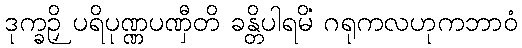
ဒုက္ခဉှိ ပရိပုဏ္ဏပဏှီတိ ခန္တိပါရမိံ ဂရုကလဟုကဘာဝံ